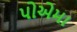
પોએમા